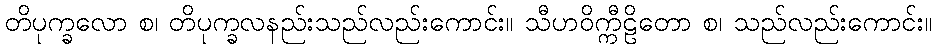
တိပုက္ခလော စ၊ တိပုက္ခလနည်းသည်လည်းကောင်း။ သီဟဝိက္ကီဠိတော စ၊ သည်လည်းကောင်း။